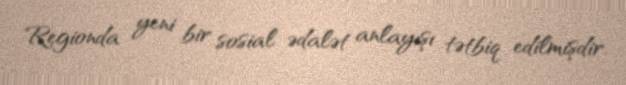
Regionda yeni bir sosial ədalət anlayışı tətbiq edilmişdir.